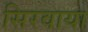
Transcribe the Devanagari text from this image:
सिरवाया